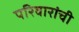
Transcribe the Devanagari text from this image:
परिवारांची